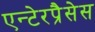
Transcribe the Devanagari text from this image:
एन्टेरप्रैसेस